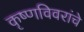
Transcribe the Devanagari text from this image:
कृष्णविवरांचे